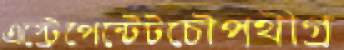
এস্ট্রেপেন্টেটচৌপথীগ্র